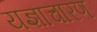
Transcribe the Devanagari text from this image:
यज्ञाचारण